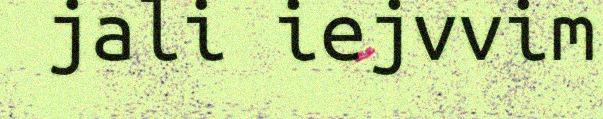
jali iejvvim